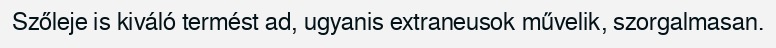
Szőleje is kiváló termést ad, ugyanis extraneusok művelik, szorgalmasan.